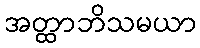
အတ္ထာဘိသမယာ